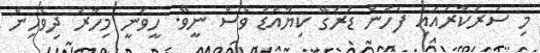
މި ސަރުކާރުއައި ފަހުން ޑުރަގޭ ކިޔާއަޑު ވެސް ނީވޭ. ހީވަނީ މިހާރު ދިވެހިން